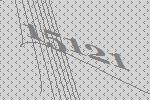
15121